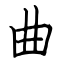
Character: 曲